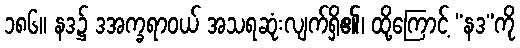
၁၈၆။ နဒ၌ ဒအက္ခရာဝယ် အသရဆုံးလျက်ရှိ၏၊ ထို့ကြောင့် “နဒ”ကို